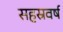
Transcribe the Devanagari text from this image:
सहस्रवर्ष